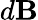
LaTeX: d{\mathbf B}